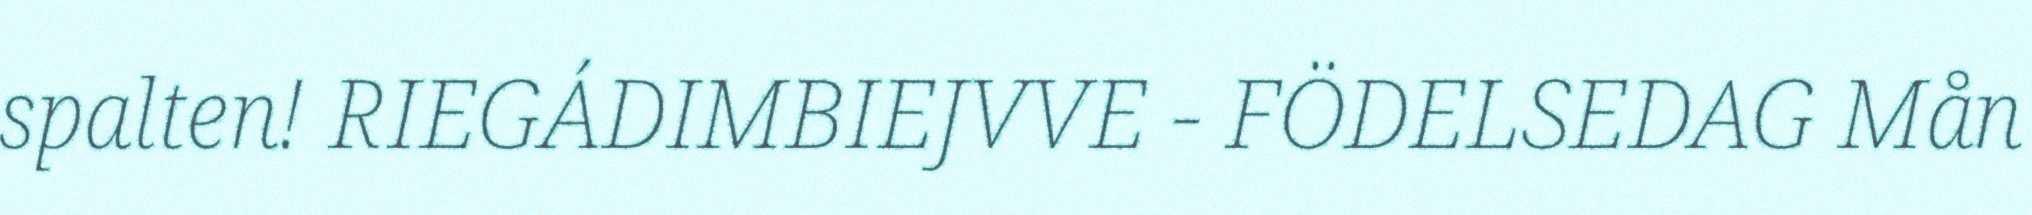
spalten! RIEGÁDIMBIEJVVE - FÖDELSEDAG Mån